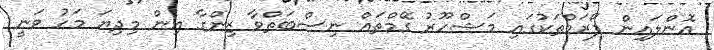
އޮންލައިން ފޯރަމްތަކުގައި މަޝްހޫރު ގޭމްތައް ނިސްބަތްވާ ޒިންގާ އިން މިދިޔަ މަހު ވަނީ